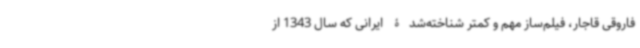
فاروقی قاجار، فیلم‌ساز مهم و کمتر شناخته‌شدۀ ایرانی که سال 1343 از